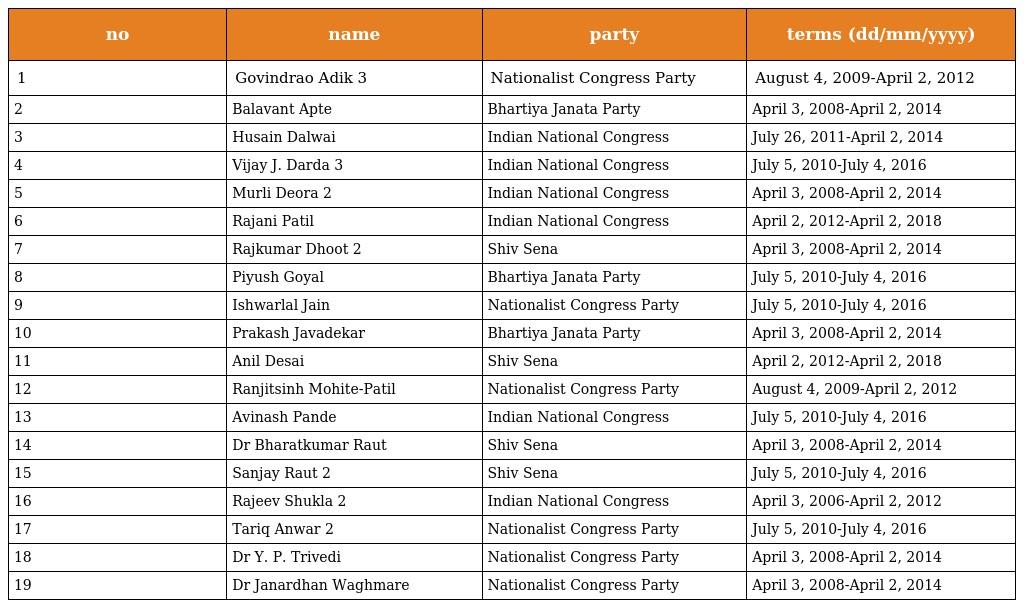
| no | name | party | terms (dd/mm/yyyy) |
 | --- | --- | --- | --- |
 | 1 | Govindrao Adik 3 | Nationalist Congress Party | August 4, 2009-April 2, 2012 |
 | 2 | Balavant Apte | Bhartiya Janata Party | April 3, 2008-April 2, 2014 |
 | 3 | Husain Dalwai | Indian National Congress | July 26, 2011-April 2, 2014 |
 | 4 | Vijay J. Darda 3 | Indian National Congress | July 5, 2010-July 4, 2016 |
 | 5 | Murli Deora 2 | Indian National Congress | April 3, 2008-April 2, 2014 |
 | 6 | Rajani Patil | Indian National Congress | April 2, 2012-April 2, 2018 |
 | 7 | Rajkumar Dhoot 2 | Shiv Sena | April 3, 2008-April 2, 2014 |
 | 8 | Piyush Goyal | Bhartiya Janata Party | July 5, 2010-July 4, 2016 |
 | 9 | Ishwarlal Jain | Nationalist Congress Party | July 5, 2010-July 4, 2016 |
 | 10 | Prakash Javadekar | Bhartiya Janata Party | April 3, 2008-April 2, 2014 |
 | 11 | Anil Desai | Shiv Sena | April 2, 2012-April 2, 2018 |
 | 12 | Ranjitsinh Mohite-Patil | Nationalist Congress Party | August 4, 2009-April 2, 2012 |
 | 13 | Avinash Pande | Indian National Congress | July 5, 2010-July 4, 2016 |
 | 14 | Dr Bharatkumar Raut | Shiv Sena | April 3, 2008-April 2, 2014 |
 | 15 | Sanjay Raut 2 | Shiv Sena | July 5, 2010-July 4, 2016 |
 | 16 | Rajeev Shukla 2 | Indian National Congress | April 3, 2006-April 2, 2012 |
 | 17 | Tariq Anwar 2 | Nationalist Congress Party | July 5, 2010-July 4, 2016 |
 | 18 | Dr Y. P. Trivedi | Nationalist Congress Party | April 3, 2008-April 2, 2014 |
 | 19 | Dr Janardhan Waghmare | Nationalist Congress Party | April 3, 2008-April 2, 2014 |